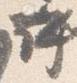
許